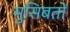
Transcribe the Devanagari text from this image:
मुसिबतों